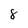
Character: 8